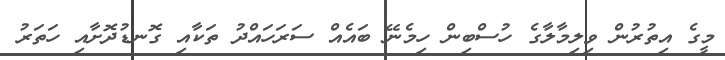
މީގެ އިތުރުން ވިލިމާލާގެ ހުސްބިން ހިމެނޭ ބައެއް ސަރަހައްދު ތަކާއި ގޮނޑުދޮށާއި ހަތަރު